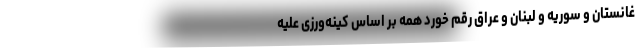
غانستان و سوریه و لبنان و عراق رقم خورد همه بر اساس کینه‌ورزی علیه